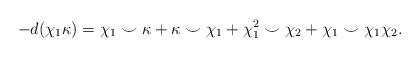
\begin{align*}-d(\chi_1\kappa) = \chi_1 \smile \kappa + \kappa \smile \chi_1 +\chi_1^2 \smile \chi_2 + \chi_1 \smile \chi_1\chi_2.\end{align*}